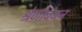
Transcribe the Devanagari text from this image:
श्रेणीबंधन